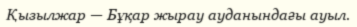
Қызылжар — Бұқар жырау ауданындағы ауыл.